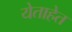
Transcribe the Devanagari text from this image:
येताहेत